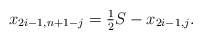
\begin{align*} x_{2i-1,n+1-j} = \tfrac{1}{2} S- x_{2i-1,j}.\end{align*}